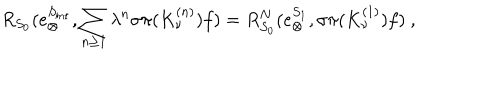
R _ { S _ { 0 } } ( e _ { \otimes } ^ { S _ { \mathrm { i n t } } } , \sum _ { n \geq 1 } \lambda ^ { n } \sigma \pi ( K _ { \nu } ^ { ( n ) } ) f ) = R _ { S _ { 0 } } ^ { N } ( e _ { \otimes } ^ { S _ { 1 } } , \sigma \pi ( K _ { \nu } ^ { ( 1 ) } ) f ) \ ,